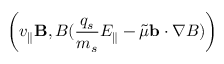
\left( v _ { \parallel } \mathbf { B } , B ( \frac { q _ { s } } { m _ { s } } E _ { \parallel } - \Tilde { \mu } \mathbf { b } \cdot \nabla B ) \right)